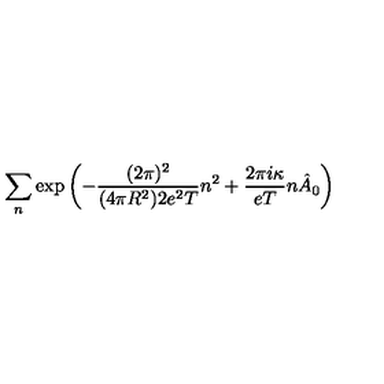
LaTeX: \sum _ { n } \exp \left( - \frac { ( 2 \pi ) ^ { 2 } } { ( 4 \pi R ^ { 2 } ) 2 e ^ { 2 } T } n ^ { 2 } + \frac { 2 \pi i \kappa } { e T } n \hat { A } _ { 0 } \right)